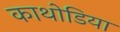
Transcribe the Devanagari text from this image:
काथोडिया